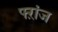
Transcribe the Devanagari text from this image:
फ्ऱांज